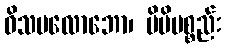
ဝိသမလောဘော၊ မိမိပစ္စည်း